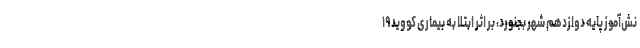
نش‌آموز پایه دوازدهم شهر بجنورد، بر اثر ابتلا به بیماری کووید ۱۹